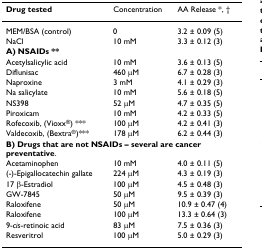
| Drug tested | Concentration | AA Release *, † |
 | --- | --- | --- |
 | MEM/BSA (control) | 0 | 3.2 ± 0.09 (5) |
 | NaCl | 10 mM | 3.3 ± 0.12 (3) |
 | <COLSPAN=3> A) NSAIDs ** |
 | Acetylsalicylic acid | 10 mM | 3.6 ± 0.13 (5) |
 | Diflunisac | 460 μM | 6.7 ± 0.28 (3) |
 | Naproxine | 3 mM | 4.1 ± 0.29 (3) |
 | Na salicylate | 10 mM | 5.6 ± 0.18 (5) |
 | NS398 | 52 μM | 4.7 ± 0.35 (5) |
 | Piroxicam | 10 mM | 4.2 ± 0.33 (5) |
 | Rofecoxib, (Vioxx®) *** | 100 μM | 4.2 ± 0.41 (3) |
 | Valdecoxib, (Bextra®)*** | 178 μM | 6.2 ± 0.44 (3) |
 | <COLSPAN=3> B) Drugs that are not NSAIDs – several are cancer preventative. |
 | Acetaminophen | 10 mM | 4.0 ± 0.11 (5) |
 | (-)-Epigallocatechin gallate | 224 μM | 4.3 ± 0.19 (3) |
 | 17 β-Estradiol | 100 μM | 4.5 ± 0.48 (3) |
 | GW-7845 | 50 μM | 9.5 ± 0.39 (3) |
 | Raloxifene | 50 μM | 10.9 ± 0.47 (4) |
 | Raloxifene | 100 μM | 13.3 ± 0.64 (3) |
 | 9-cis-retinoic acid | 83 μM | 7.5 ± 0.36 (3) |
 | Resveritrol | 100 μM | 5.0 ± 0.29 (3) |